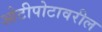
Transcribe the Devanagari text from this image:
ओटीपोटावरील